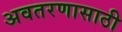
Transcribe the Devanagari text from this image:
अवतरणासाठी